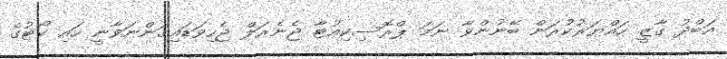
އަބްދު ގާޒީ ހައްޔަރުކުރަން ބޭނުންވާ ނަމަ ޕްރޮސިކިއުޓާ ޖެނެރަލް ޖެހިވަޑައިގަންނަވާނީ ހައި ކޯޓުގެ